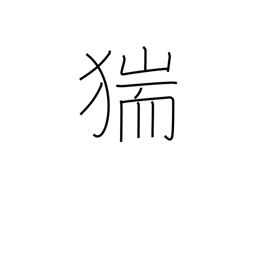
Meaning: wild boar